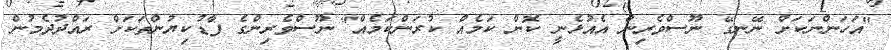
"އަހަންނަކަށް ނޭނގޭ ނޫސްވެރިން އެއުޅެނީ ކޮން ކަމެއް ކުރަންކަމެއް" ނޫސްވެރިންގެ ފާޑުކިޔުންތަކަށް ރައްދުދެމުން